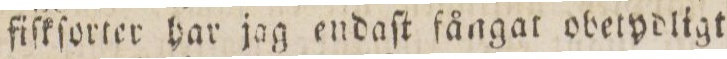
fiſkſorter har jag endaſt fångat obetydligt